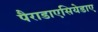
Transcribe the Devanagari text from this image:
पैराडाएसियेडाए